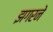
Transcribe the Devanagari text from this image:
झगरने